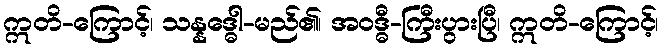
ဣတိ-ကြောင့်၊ သန္နဒ္ဓေါ-မည်၏၊ အဝဒ္ဓီ-ကြီးပွားပြီ၊ ဣတိ-ကြောင့်၊